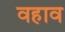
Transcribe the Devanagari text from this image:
वहाव